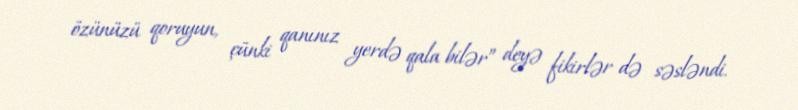
özünüzü qoruyun, çünki qanınız yerdə qala bilər” deyə fikirlər də səsləndi.